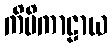
ကိမိကာဠာယ